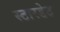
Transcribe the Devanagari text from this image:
स्टारडेट